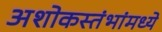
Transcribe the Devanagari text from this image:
अशोकस्तंभांमध्ये